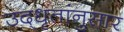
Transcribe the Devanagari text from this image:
उद्‌धृतांनुसार